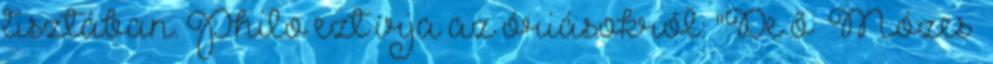
tisztában. Philo ezt írja az óriásokról: "De ő Mózes